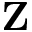
\mathbf { Z }